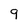
Character: 9